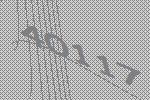
40117